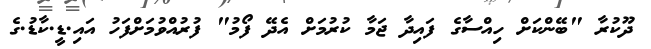
ދޫކުރާ "ބޭންކަށް ހިއްސާގެ ފައިދާ ޖަމާ ކުރުމަށް އެދޭ ފޯމު" ފުރުއްވުމަށްފަހު އައި.ޑީ.ކާޑު.ގެ